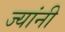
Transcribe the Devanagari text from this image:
ज्‍यांनी